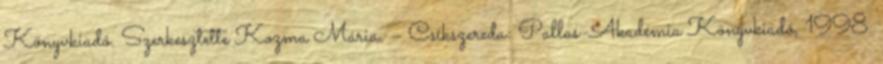
Könyvkiadó. Szerkesztette Kozma Mária. – Csíkszereda: Pallas-Akadémia Könyvkiadó, 1998.